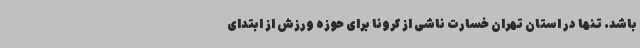
باشد. تنها در استان تهران خسارت ناشی از کرونا برای حوزه ورزش از ابتدای